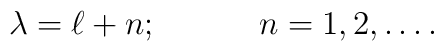
\lambda=\ell+n; \hspace{.5in}n=1,2,\dots .